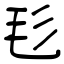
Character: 毝